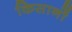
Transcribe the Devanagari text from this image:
किसानों